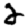
Digit: 2